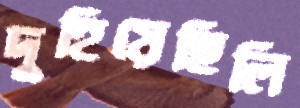
দুহিয়েছিলি